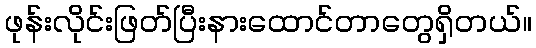
ဖုန်းလိုင်းဖြတ်ပြီးနားထောင်တာတွေရှိတယ်။